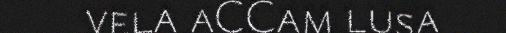
vela aCCam lusa